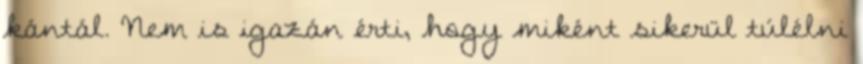
kántál. Nem is igazán érti, hogy miként sikerül túlélni